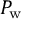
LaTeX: P _ { \mathrm { { w } } }